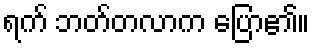
ရက် ဘတ်တလာက ပြော၏။